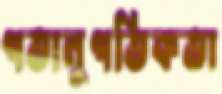
গতানুগতিকতা